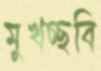
মুখচ্ছবি